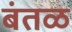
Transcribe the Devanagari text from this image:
बंतळ